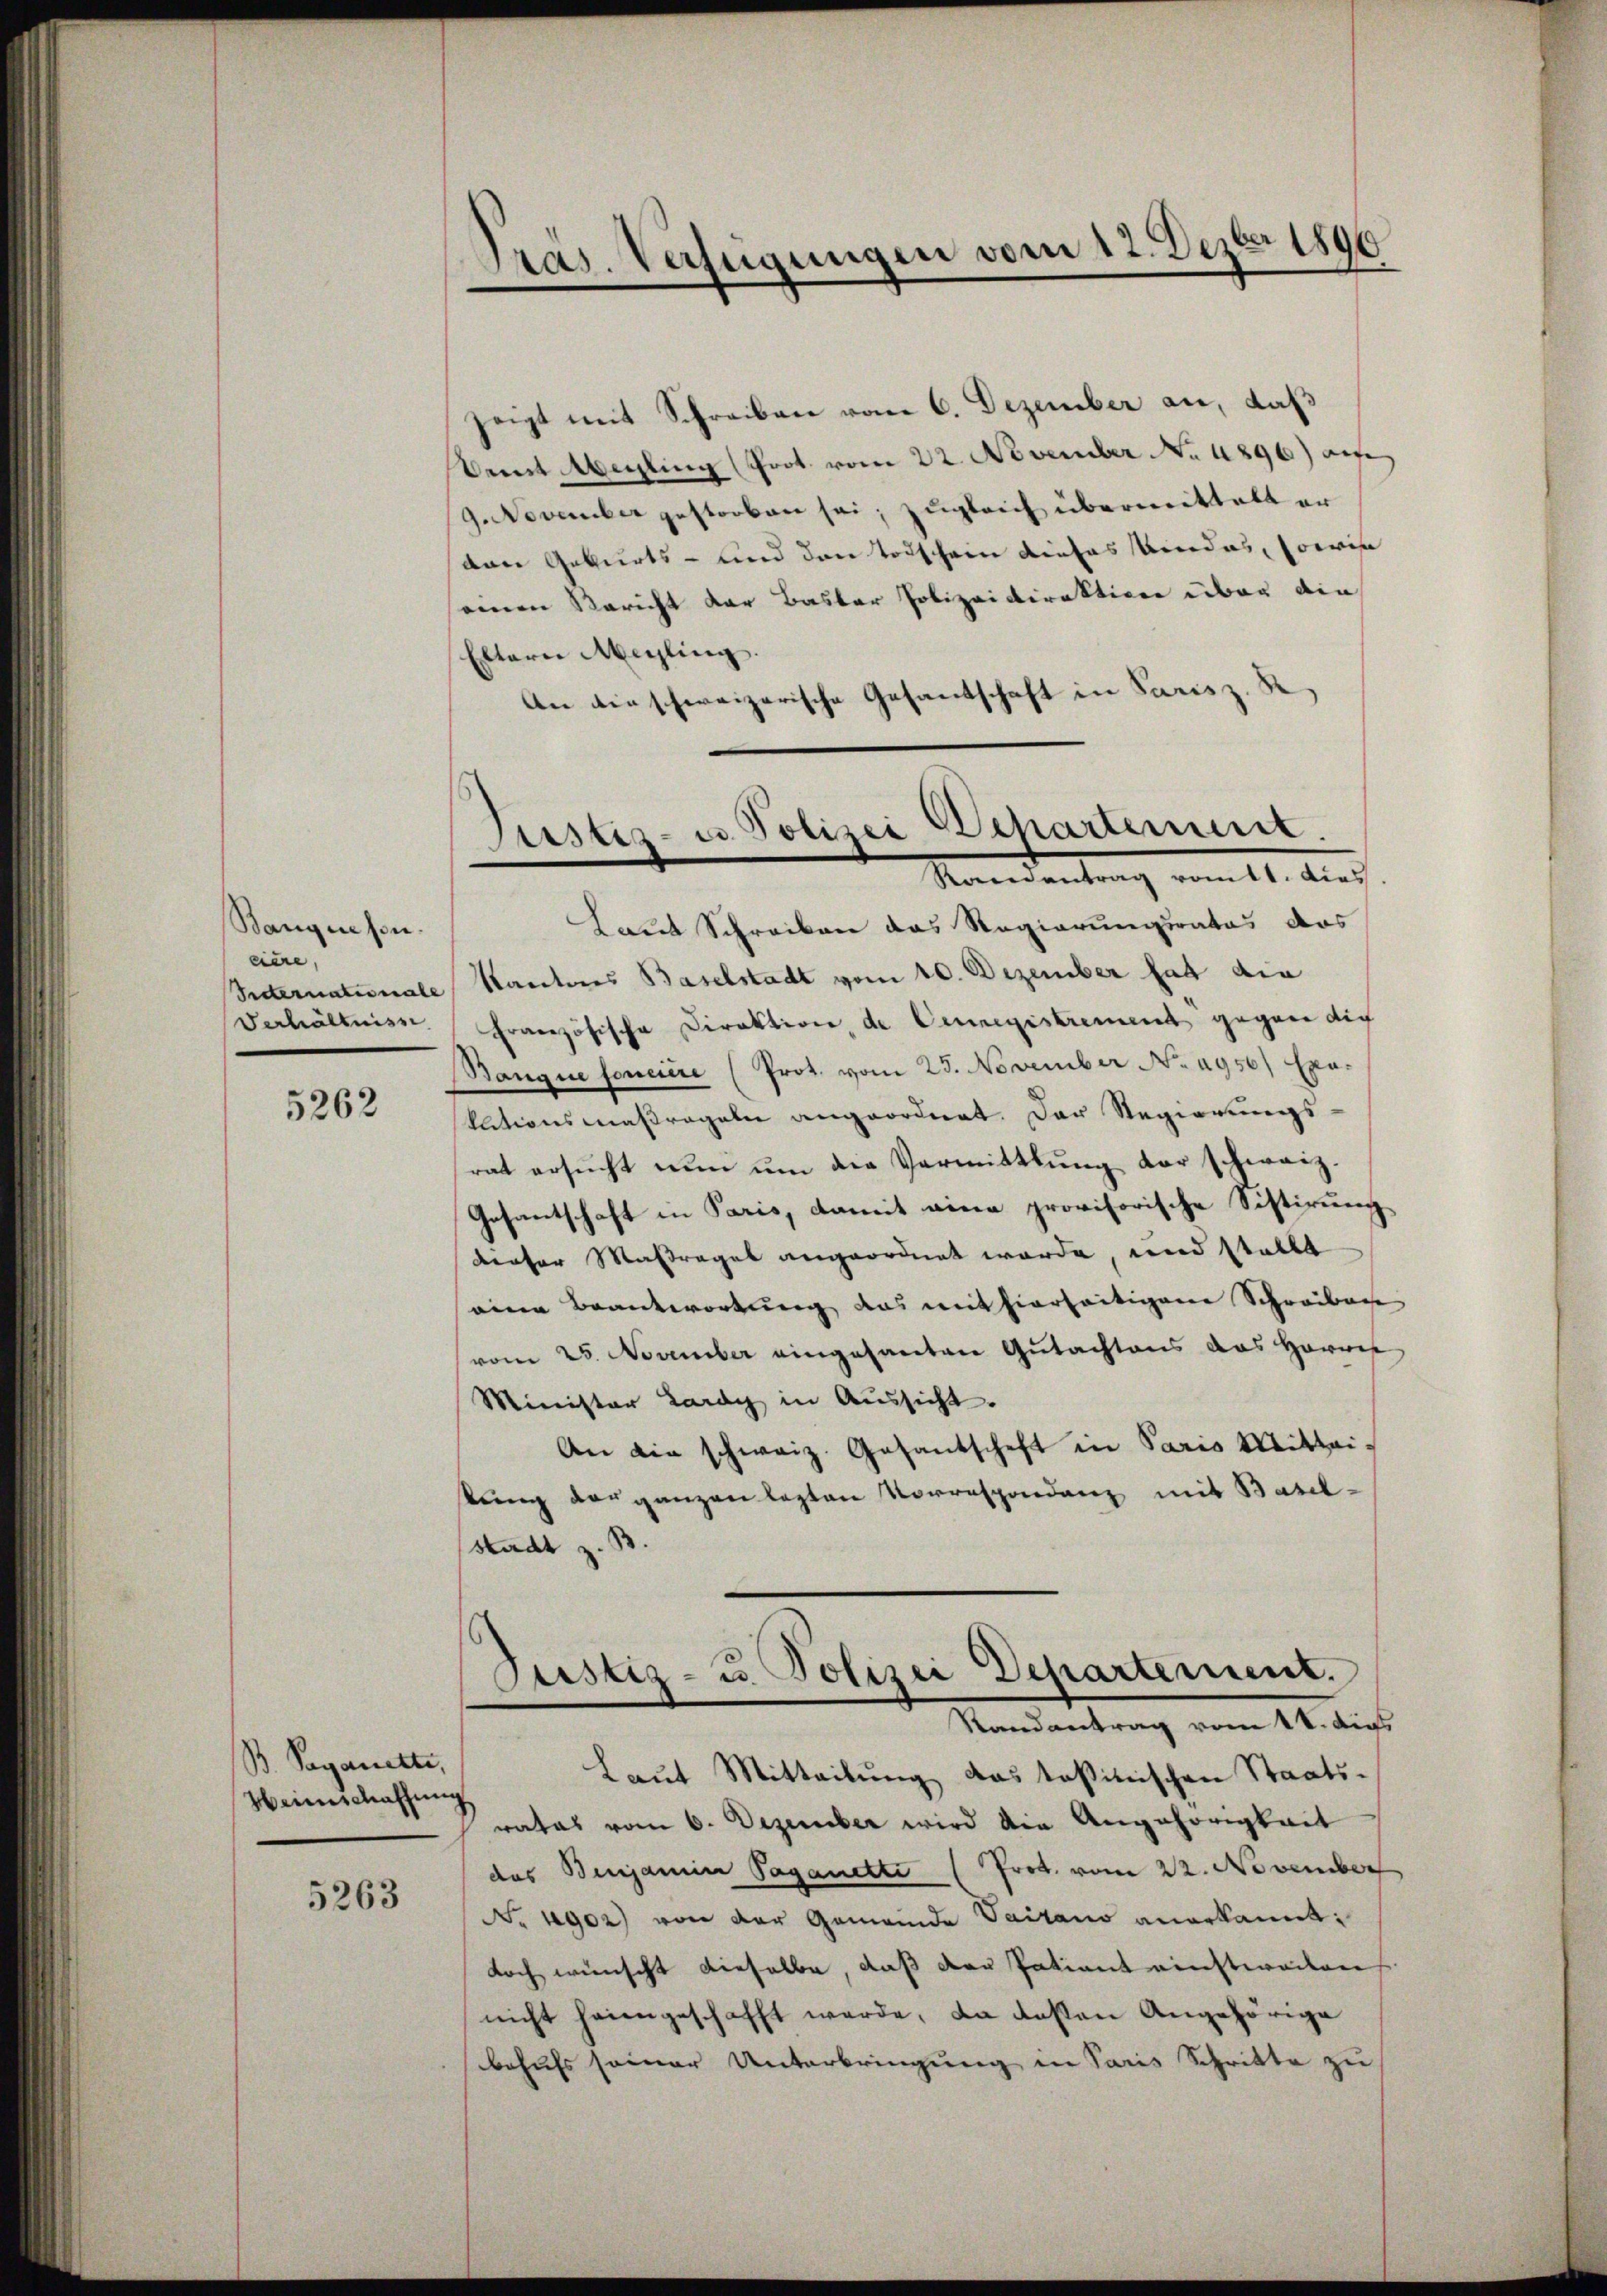
Banquesn.
ciere,

5262

B. Sagarette,
Weinschaffung

5263

Präs. Verfügungen vom 12. Dezbr 1896
.

zeigt mit Schreiben vom 6. Dezember an, daß
Damt Meiling (Prot. vom 22. November No. 4896) an
9. November gestorben sei; zugleich übermittelt er
von Geburts- und den Todschein dieses Kindes, sowi
einen Bericht der Basler Polizeidirektiven über die
Eltern Megling.
An die schweizerische Gesandschaft in Parisz. R.
Laut Schreiben das Regierungsrates das
Seiternationale Kantones Baselstadt vom 10. Dezember hat die
Verhältniss Französische Direktion, de Cenregistrement gegen die
Banque fonciere (Prot. vom 25. November No. 1950 Exe-
kutionsmassregeln angeordnet. Der Regierungs-
rat ersŭcht nŭn ŭm die Vermittlung der schweiz.
Gesantschaft in Paris, damit eine provisorische Sistirung
denser Maßregel angeordnet werde, und stellt
einen Beantwortung das mit hierseitigen Schreiben
vom 25. November eingesanten Gutachtens das Harwes
Minister Lardy in Aussicht.
An die schweiz. Gesandschaft in Paris Mittai-
stung der ganzen lezten Vorrespondenz mit Basel-
Stadt z. B.

Justiz- u. Polizei Departement.
Raenantrag vom lt. Dies

Justiz- u. Polizei Departement.
Randantrag vom 14. dies

Laut Mitteilŭng das tasinischen Staats-
rates vom 6. Dezember wird die Angehörigkeit
das Benjamia Paganetti (Prot. vom 22. November
No 1902) von der Gemeinde Vairano anerkannt:
doch wünscht dieselbe, daß der Patient einstweilen
nicht heimgeschafft werde, da deßen Angehörige
behufs seiner Unterbringung in Paris Schritte zu